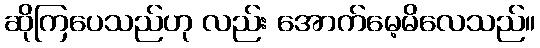
ဆိုကြပေသည်ဟု လည်း အောက်မေ့မိလေသည်။